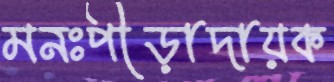
মনঃপীড়াদায়ক